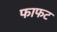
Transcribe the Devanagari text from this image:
फाफट